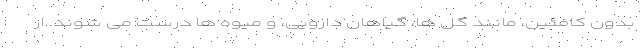
بدون کافئین، مانند گل ها، گیاهان دارویی، و میوه ها درست می شوند. از